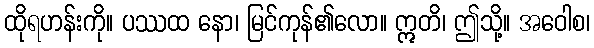
ထိုရဟန်းကို။ ပဿထ နော၊ မြင်ကုန်၏လော။ ဣတိ၊ ဤသို့။ အဝေါစ၊